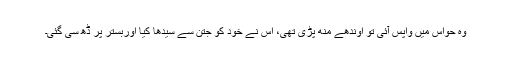
وہ حواس میں واپس آئی تو اوندھے مُنھ پڑی تھی، اس نے خود کو جتن سے سیدھا کیا اوربستر پر ڈھ سی گئی۔